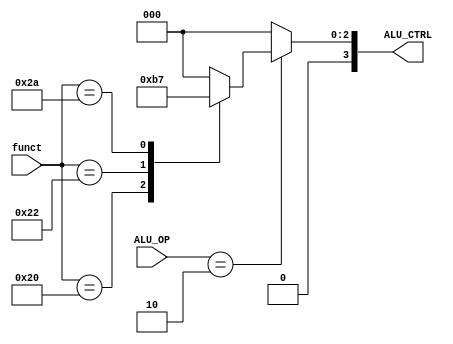
`timescale 1ns / 1ps

module ALU_ctrl( funct, ALU_OP,ALU_CTRL );

    input [5:0] funct;
	input [1:0] ALU_OP;
    output [3:0]ALU_CTRL;
   
	
	
	
	   /* add your design */   
	
	reg [3:0]ALU_CTRL;


	//ALU comput
	parameter //Math

		op_add = 4'b0010,
		op_sub = 4'b0110,
		op_slt = 4'b0111;

	//controller

	always@(*)begin
		ALU_CTRL = 0;

		
		case(ALU_OP)
		2'b10 : begin
				case(funct)
					6'b10_0000 : begin //add(32)
						ALU_CTRL = op_add;
						end
					6'b10_0010 : begin //sub(34)
						ALU_CTRL = op_sub;
						end
					6'b10_1010 : begin //slt(42)
						ALU_CTRL = op_slt;
						end
				endcase
			end
		endcase
	end

endmodule